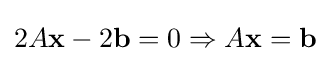
2A\mathbf {x} -2\mathbf {b} =0\Rightarrow A\mathbf {x} =\mathbf {b}